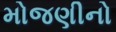
મોજણીનો